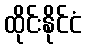
ထိုင်းနိုင်ငံ